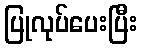
ပြုလုပ်ပေးပြီး